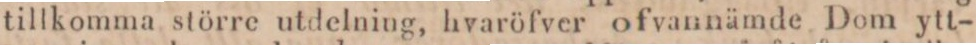
tillkomma större utdelning, hvaröfver ofvannämde Dom ytt-